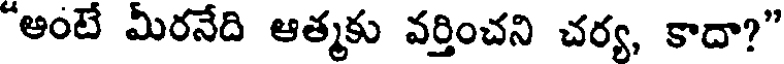
"అంటే మీరనేది ఆత్మకు వర్తించని చర్య, కాదా?"